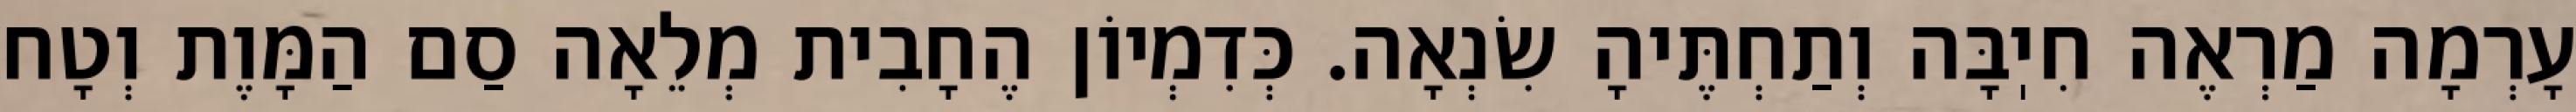
עָרְמָה מַרְאֶה חִיֽבָּה וְתַחְתֶּיהָ שִׂנְאָה. כְּדִמְיוֹן הֶחָבִית מְלֵאָה סַם הַמָּוֶת וְטָח